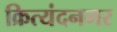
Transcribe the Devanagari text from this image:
क्रित्यंदनगर